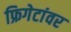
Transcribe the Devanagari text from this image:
फ्रिगेटांवर